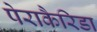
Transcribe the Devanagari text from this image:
पेराकैरिडा